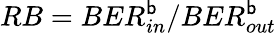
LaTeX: RB=BER_{in}^{\mathsf{b}}/BER_{out}^{\mathsf{b}}